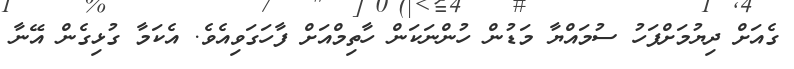
ގެއަށް ދިޔުމަށްފަހު ސުމައްޔާ މަޑުން ހުންނަކަން ހާތިމްއަށް ފާހަގަވިއެވެ. އެކަމާ ގުޅިގެން އޭނާ